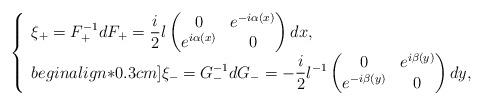
LaTeX: \begin{align*} \left\{\begin{array}{l} \xi_+ = \displaystyle F_{+}^{-1} d F_{+} =\frac{i}{2} \l \begin{pmatrix} 0 & e^{-i \alpha(x)} \\ e^{i \alpha(x)} & 0\end{pmatrix} dx, \\begin{align*}0.3cm]\xi_- = G_{-}^{-1} d G_{-} =\displaystyle -\frac{i}{2}\l^{-1} \begin{pmatrix} 0 & e^{i \beta(y)} \\ e^{-i \beta(y)} & 0 \end{pmatrix}dy,\end{array}\right.\end{align*}